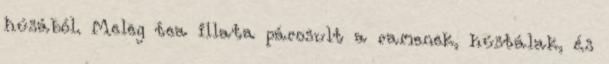
húsából. Meleg tea illata párosult a ramenek, hústálak, és